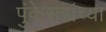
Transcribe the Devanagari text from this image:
पुंकेसरांच्या